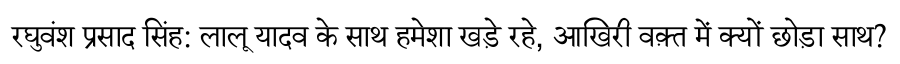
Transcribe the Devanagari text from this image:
रघुवंश प्रसाद सिंह: लालू यादव के साथ हमेशा खड़े रहे, आखिरी वक़्त में क्यों छोड़ा साथ?